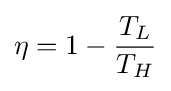
\eta =1-{\frac {T_{L}}{T_{H}}}